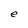
Character: e